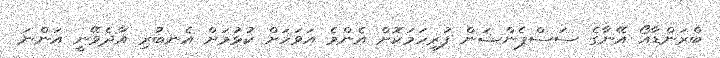
ބްރަންޑާއޯ އޭނާގެ ސަސްޕެންޝަން ފުރިހަމަކޮށް އެންމެ އަވަހަށް ކުޅުމަށް އެނބުރި އާދެވޭނީ އަންނަ